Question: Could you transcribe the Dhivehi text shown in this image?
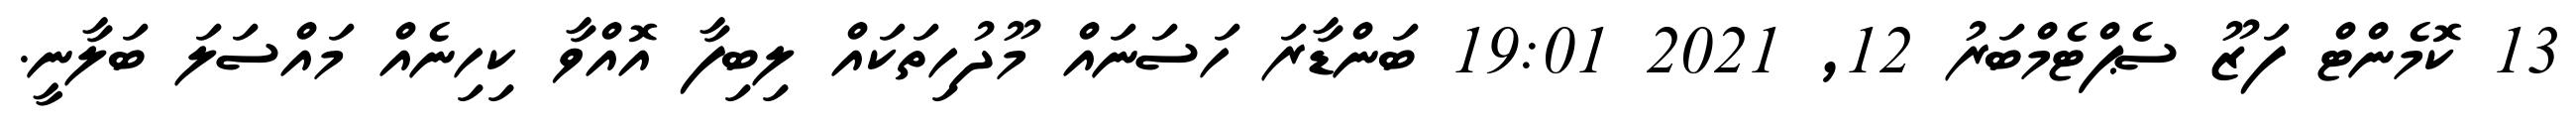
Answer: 13 ކޮމެންޓް ފަޒޫ ސެޕްޓެމްބަރު 12, 2021 19:01 ބަންޑާރަ ހަސަނައް މޫދުހިތަކައް ލިބިފާ އޮއްވާ ކިހިނެއް މައްސަލަ ބަލާނީ.